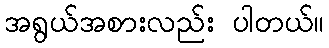
အရွယ်အစားလည်း ပါတယ်။